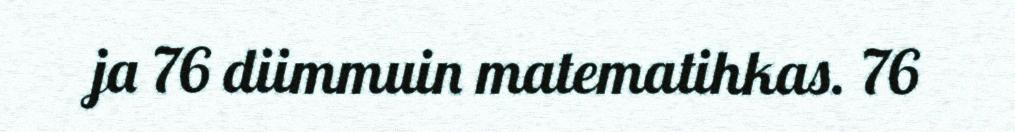
ja 76 diimmuin matematihkas. 76